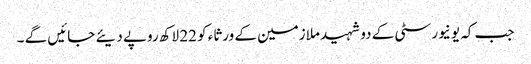
جب کہ یونیورسٹی کے دو شہید ملازمین کے ورثاء کو 22 لاکھ روپے دیئے جائیں گے ۔